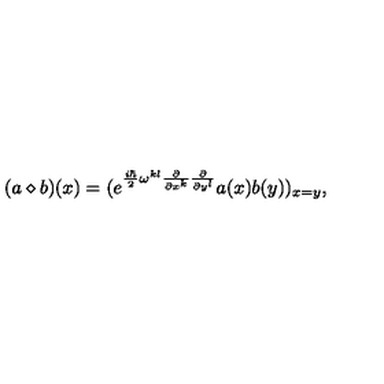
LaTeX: ( a \diamond b ) ( x ) = ( e ^ { \frac { i \hbar } { 2 } \omega ^ { k l } \frac { \partial } { \partial x ^ { k } } \frac { \partial } { \partial y ^ { l } } } a ( x ) b ( y ) ) _ { x = y } ,